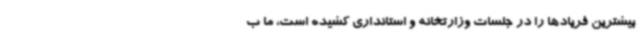
بیشترین فریادها را در جلسات وزارتخانه و استانداری کشیده است، ما ب